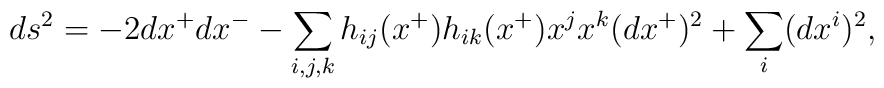
ds^2 = -2 dx^+ dx^- - \sum_{i,j,k} h_{ij}(x^+) h_{ik}(x^+) x^j x^k (dx^+)^2 +    \sum_i (dx^i)^2 ,